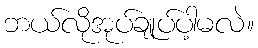
ဘယ်လိုအုပ်ချုပ်ပါ့မလဲ။